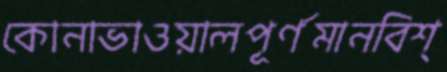
কোনাভাওয়ালপূর্ণমানবিশ্